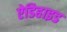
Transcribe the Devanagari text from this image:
ऐडिहाइड